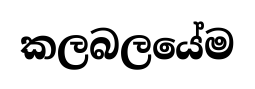
කලබලයේම